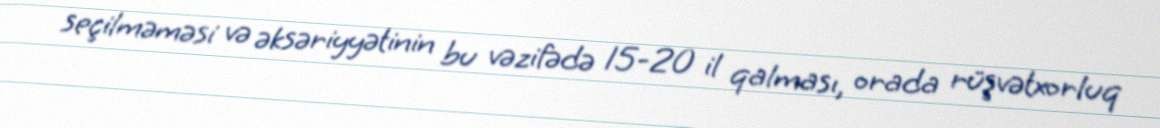
seçilməməsi və əksəriyyətinin bu vəzifədə 15-20 il qalması, orada rüşvətxorluq